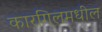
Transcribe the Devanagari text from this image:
कारगिलमधील